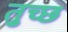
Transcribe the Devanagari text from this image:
तुच्‍छ